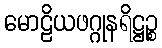
မောဠိယဖဂ္ဂုနရိဋ္ဌဉ္စ